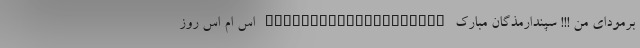
برمودای من !!! سپندارمذگان مبارک ____________________ اس ام اس روز